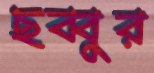
ছব্বুর